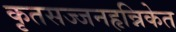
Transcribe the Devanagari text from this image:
कृतसज्जनहृन्निकेत